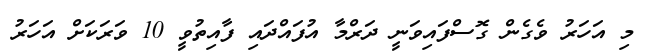
މި އަހަރު ވެގެން ގޮސްފައިވަނީ ދަރްމާ އުފައްދައި ފާއިތުވީ 10 ވަރަކަށް އަހަރު